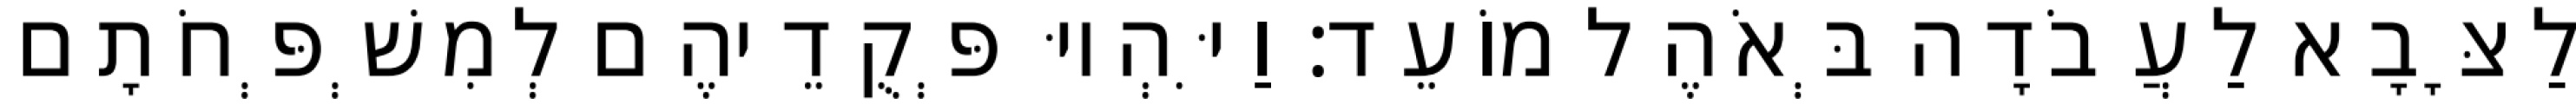
לַצָּבָא לַעֲבֹדָה בְּאֹהֶל מוֹעֵד׃ וַיִּהְיוּ פְּקֻדֵיהֶם לְמִשְׁפְּחֹתָם